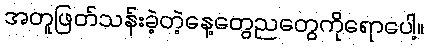
အတူဖြတ်သန်းခဲ့တဲ့နေ့တွေညတွေကိုရောပေါ့။